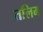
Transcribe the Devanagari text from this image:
तलिम